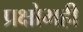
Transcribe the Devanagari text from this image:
प्रक्षोभही